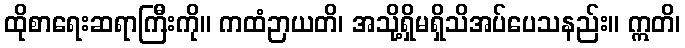
ထိုစာရေးဆရာကြီးကို။ ကထံဉာယတိ၊ အသို့ရှိမရှိသိအပ်ပေသနည်း။ ဣတိ၊